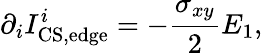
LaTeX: \partial_{i}I_{\mathrm{CS,edge}}^{i}=-{\frac{\sigma_{xy}}{2}}E_{1},